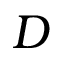
D